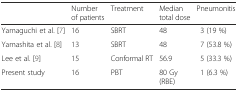
|  | Number of patients | Treatment | Median total dose | Pneumonitis |
 | --- | --- | --- | --- | --- |
 | Yamaguchi et al. [7] | 16 | SBRT | 48 | 3 (19 %) |
 | Yamashita et al. [8] | 13 | SBRT | 48 | 7 (53.8 %) |
 | Lee et al. [9] | 15 | Conformal RT | 56.9 | 5 (33.3 %) |
 | Present study | 16 | PBT | 80 Gy (RBE) | 1 (6.3 %) |